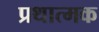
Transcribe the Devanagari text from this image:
प्रथात्मक